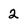
Character: 2